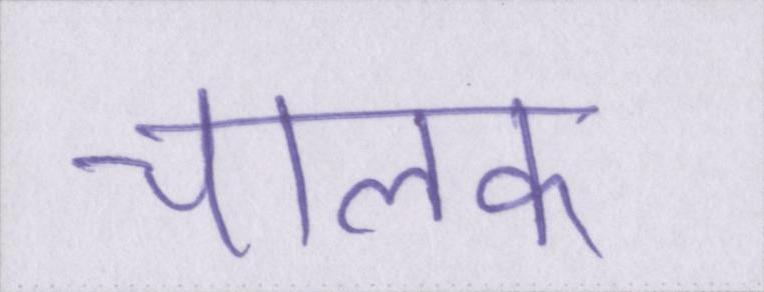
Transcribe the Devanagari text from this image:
चालक